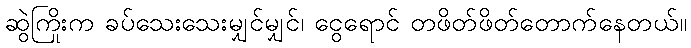
ဆွဲကြိုးက ခပ်သေးသေးမျှင်မျှင်၊ ငွေရောင် တဖိတ်ဖိတ်တောက်နေတယ်။